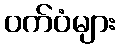
ဝက်ဝံများ